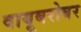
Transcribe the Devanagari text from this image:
वायूबरोबर